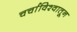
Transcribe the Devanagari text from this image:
चर्चाविश्वातून